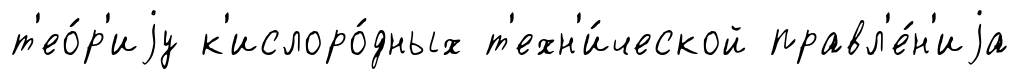
т'ео́р'иjу к'ислоро́дных т'ехн'и́ческой правл'е́н'иjа